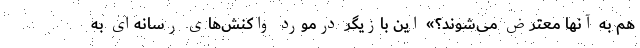
هم به آنها معترض می‌شوند؟» این بازیگر درمورد واکنش‌های رسانه‌ای به